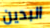
البدين